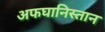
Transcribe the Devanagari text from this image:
अफघानिस्तान